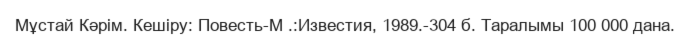
Мұстай Кәрім. Кешіру: Повесть-М .:Известия, 1989.-304 б. Таралымы 100 000 дана.